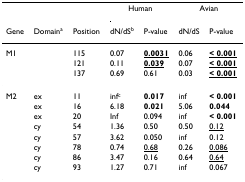
|  |  |  | <COLSPAN=2> Human | <COLSPAN=2> Avian |
 | Gene | Domaina | Position | dN/dSb | P-value | dN/dS | P-value |
 | --- | --- | --- | --- | --- | --- | --- |
 | M1 |  | 115 | 0.07 | <underline>0.0031</underline> | 0.06 | <underline>< 0.001</underline> |
 |  |  | 121 | 0.11 | <underline>0.039</underline> | 0.07 | <underline>< 0.001</underline> |
 |  |  | 137 | 0.69 | 0.61 | 0.03 | <underline>< 0.001</underline> |
 | M2 | ex | 11 | infc | 0.017 | inf | < 0.001 |
 |  | ex | 16 | 6.18 | 0.021 | 5.06 | 0.044 |
 |  | ex | 20 | Inf | 0.094 | inf | < 0.001 |
 |  | cy | 54 | 1.36 | 0.50 | 0.50 | <underline>0.12</underline> |
 |  | cy | 57 | 3.62 | 0.050 | inf | 0.12 |
 |  | cy | 78 | 0.74 | <underline>0.68</underline> | 0.26 | <underline>0.086</underline> |
 |  | cy | 86 | 3.47 | 0.16 | 0.64 | <underline>0.64</underline> |
 |  | cy | 93 | 1.27 | 0.71 | inf | 0.067 |